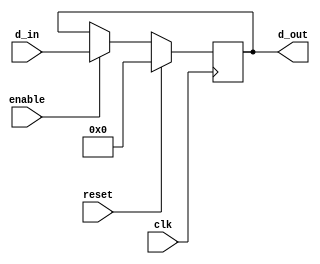

module reg32en (clk, reset, enable, d_in, d_out);
    input       	clk, reset, enable;
    input	[31:0]	d_in;
    output 	[31:0] 	d_out;
    reg 	[31:0]	 d_out;
   
    always @(posedge clk)
    begin
        if (reset) d_out <= 0;
        else if (enable) d_out <= d_in;
    end

endmodule